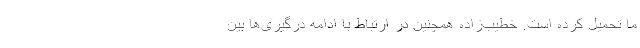
ما تحمیل کرده است. خطیب‌زاده همچنین در ارتباط با ادامه درگیری‌ها بین